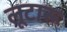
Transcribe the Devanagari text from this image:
लूटारू